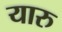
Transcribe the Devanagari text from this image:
यारु